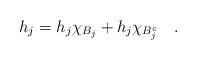
LaTeX: \begin{align*}h_j=h_j\chi_{B_j}+h_j\chi_{B_j^c}\quad.\end{align*}